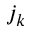
j _ { k }